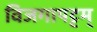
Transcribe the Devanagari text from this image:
विजगापट्टम्